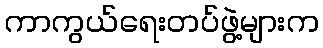
ကာကွယ်ရေးတပ်ဖွဲ့များက